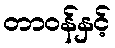
တာဝန်နှင့်